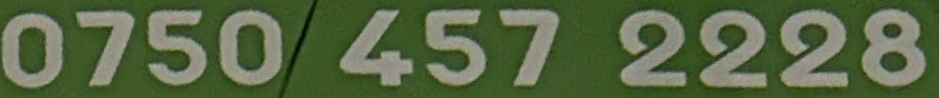
0750 457 2228